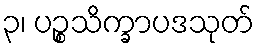
၃၊ ပဉ္စသိက္ခာပဒသုတ်